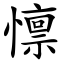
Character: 懔